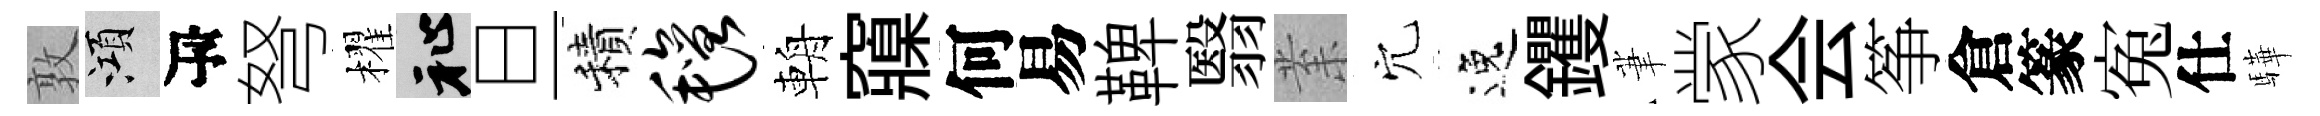
敦澒瓴弩櫂祉旦積毡輈䆿何易鞞翳𭪙穴逸钁茟䝉会筝倉篆寃仕驊